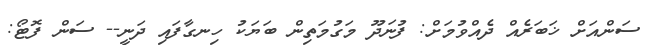
ސަންއަށް ޚަބަރެއް ދެއްވުމަށް: ފުނަދޫ މަގުމަތިން ބަޔަކު ހިނގާފައި ދަނީ-- ސަން ފޮޓޯ: